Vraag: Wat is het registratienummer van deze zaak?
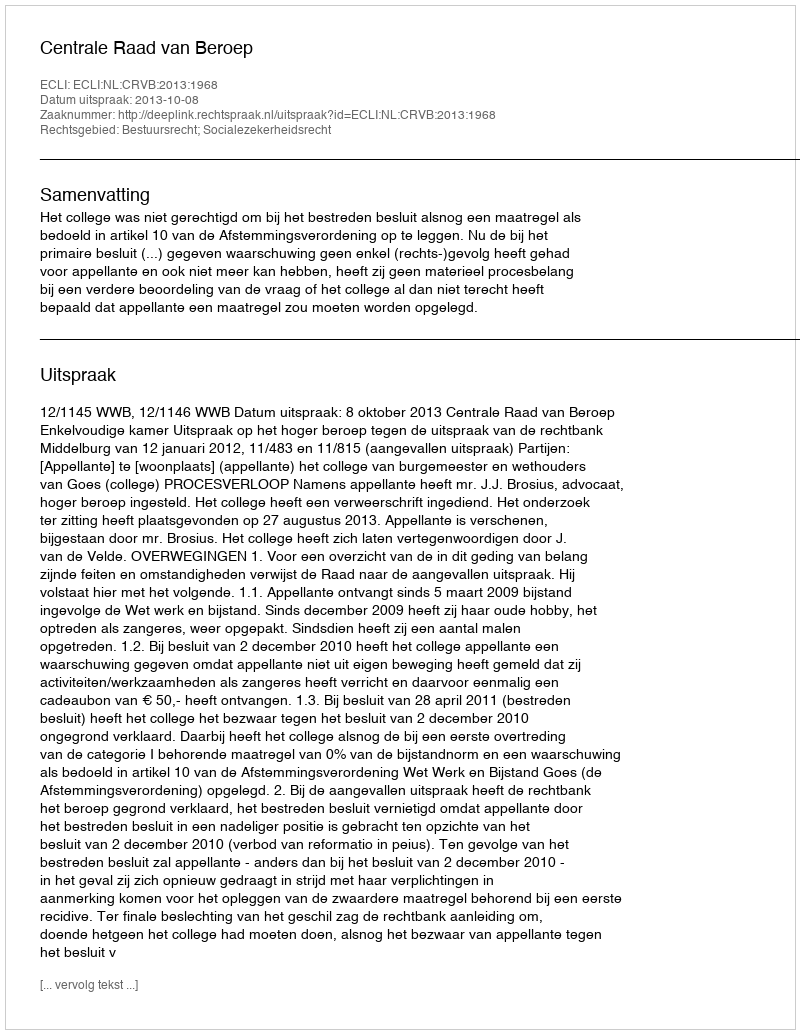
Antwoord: http://deeplink.rechtspraak.nl/uitspraak?id=ECLI:NL:CRVB:2013:1968